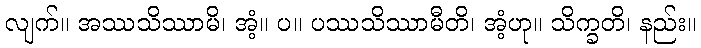
လျက်။ အဿသိဿာမိ၊ အံ့။ ပ။ ပဿသိဿာမီတိ၊ အံ့ဟု။ သိက္ခတိ၊ နည်း။